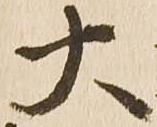
大